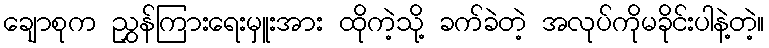
ချောစုက ညွှန်ကြားရေးမှူးအား ထိုကဲ့သို့ ခက်ခဲတဲ့ အလုပ်ကိုမခိုင်းပါနဲ့တဲ့။